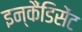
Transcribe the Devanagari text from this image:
इन्कैंडिसेंट